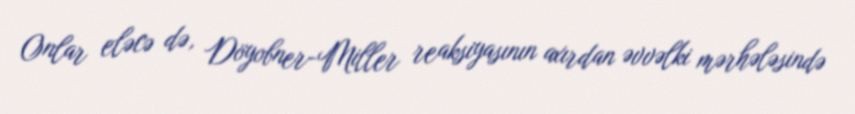
Onlar eləcə də, Döyobner-Miller reaksiyasının axırdan əvvəlki mərhələsində